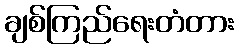
ချစ်ကြည်ရေးတံတား